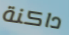
داكنة